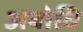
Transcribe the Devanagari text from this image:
अबोधि